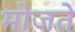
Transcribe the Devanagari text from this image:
मोजते